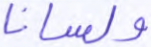
ولسانا